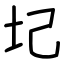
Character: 圮